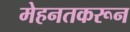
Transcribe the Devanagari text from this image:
मेहनतकरून